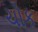
ચોક